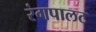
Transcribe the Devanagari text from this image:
रंगपालट